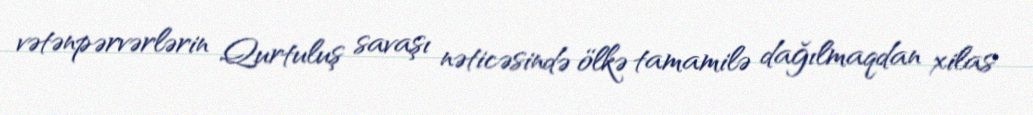
vətənpərvərlərin Qurtuluş savaşı nəticəsində ölkə tamamilə dağılmaqdan xilas